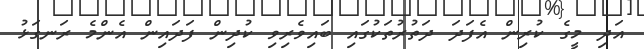
އަދި މީގެ ކުރިން އެފަދަ ދަތުރުތަކުގައި ބައިވެރިވި ކުދިން ފަދައިން އެންމެ ރަނގަޅު